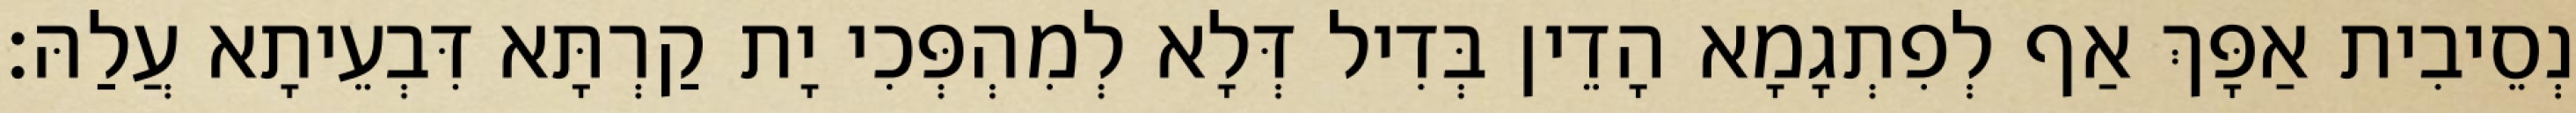
נְסֵיבִית אַפָּךְ אַף לְפִתְגָמָא הָדֵין בְּדִיל דְּלָא לְמִהְפְּכִי יָת קַרְתָּא דִּבְעֵיתָא עֲלַהּ׃